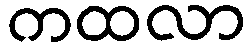
ကထလာ